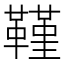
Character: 𮧧